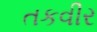
તકવીર